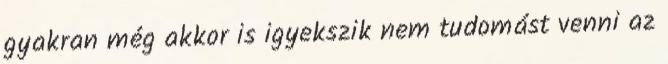
gyakran még akkor is igyekszik nem tudomást venni az